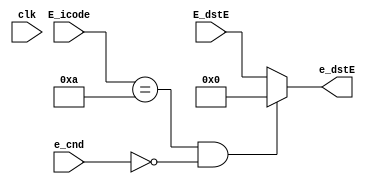
module E_dstE(clk,E_icode,e_cnd,E_dstE,e_dstE);

input clk;
input [3:0] E_icode;
input [3:0] E_dstE;
input e_cnd;
output reg [3:0] e_dstE;


always@(*)
begin
    
    if((E_icode == 0010) && !e_cnd)
    e_dstE <= 0;
    else e_dstE <= E_dstE;

end


endmodule